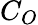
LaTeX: C_{O}